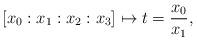
LaTeX: \begin{align*}[x_0:x_1:x_2:x_3] \mapsto t = \frac{x_0}{x_1},\end{align*}